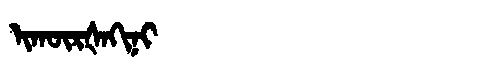
Manchu: ᡳᡴᡡᡵᡧᠠᡴᡳᠨᡳ
Romanization: IKŪRŠAKINI